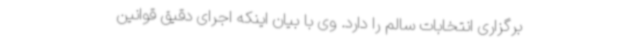
برگزاری انتخابات سالم را دارد. وی با بیان اینکه اجرای دقیق قوانین